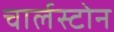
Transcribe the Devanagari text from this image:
चार्लस्टोन